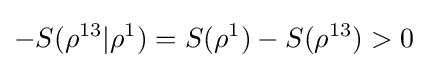
-S(\rho ^{13}|\rho ^{1})=S(\rho ^{1})-S(\rho ^{13})>0